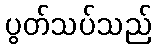
ပွတ်သပ်သည်